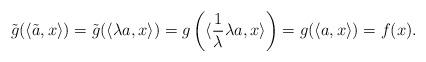
LaTeX: \begin{align*}\tilde g(\langle\tilde a,x\rangle)=\tilde g(\langle\lambda a,x\rangle)=g\left(\langle\frac{1}{\lambda}\lambda a,x\rangle\right)=g(\langle a,x\rangle)=f(x).\end{align*}